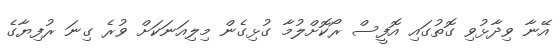
އޭނާ ވިދާޅުވި ގޮތުގައި އޮފީސް ރޯކޮށްލުމާ ގުޅިގެން މިލިއަނަކަށް ވުރެ ގިނަ ރުފިޔާގެ